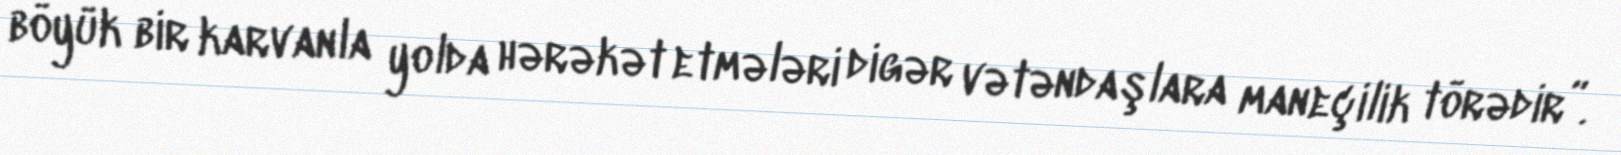
böyük bir karvanla yolda hərəkət etmələri digər vətəndaşlara maneçilik törədir”.